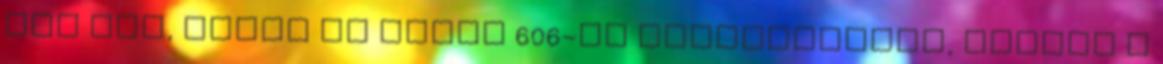
van szó, mivel az egyik 606-os azonosítóval, vagyis a